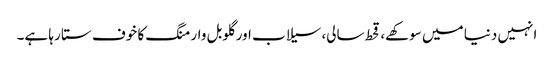
انہیں دنیا میں سوکھے، قحط سالی، سیلاب اور گلوبل وارمنگ کا خوف ستا رہا ہے۔